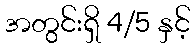
အတွင်းရှိ 4/5 နှင့်